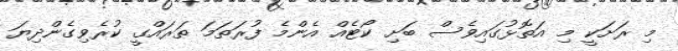
މި ރަށަކީ މި އަތޮޅުގައިވެސް ބަށި ކޯޓެއް އެންމެ ފުރަތަމަ ތަރައްގީ ކުރެވިގެންދިޔަ